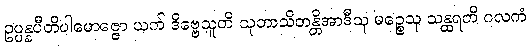
ဥပ္ပန္နပီတိပါမောဇ္ဇော ယက် ဒိဗ္ဗေသူတိ သုဘာသိတန္တိအာဒီသု မဉ္စေသု သန္ထရတိ ဂလကံ